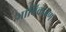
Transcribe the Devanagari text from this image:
भाविकजण